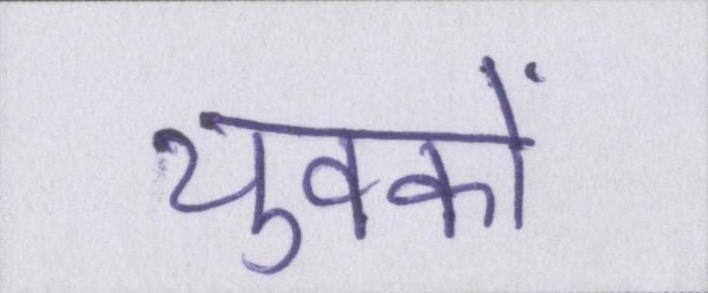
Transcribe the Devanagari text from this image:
युवकों